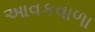
આવકવાળા